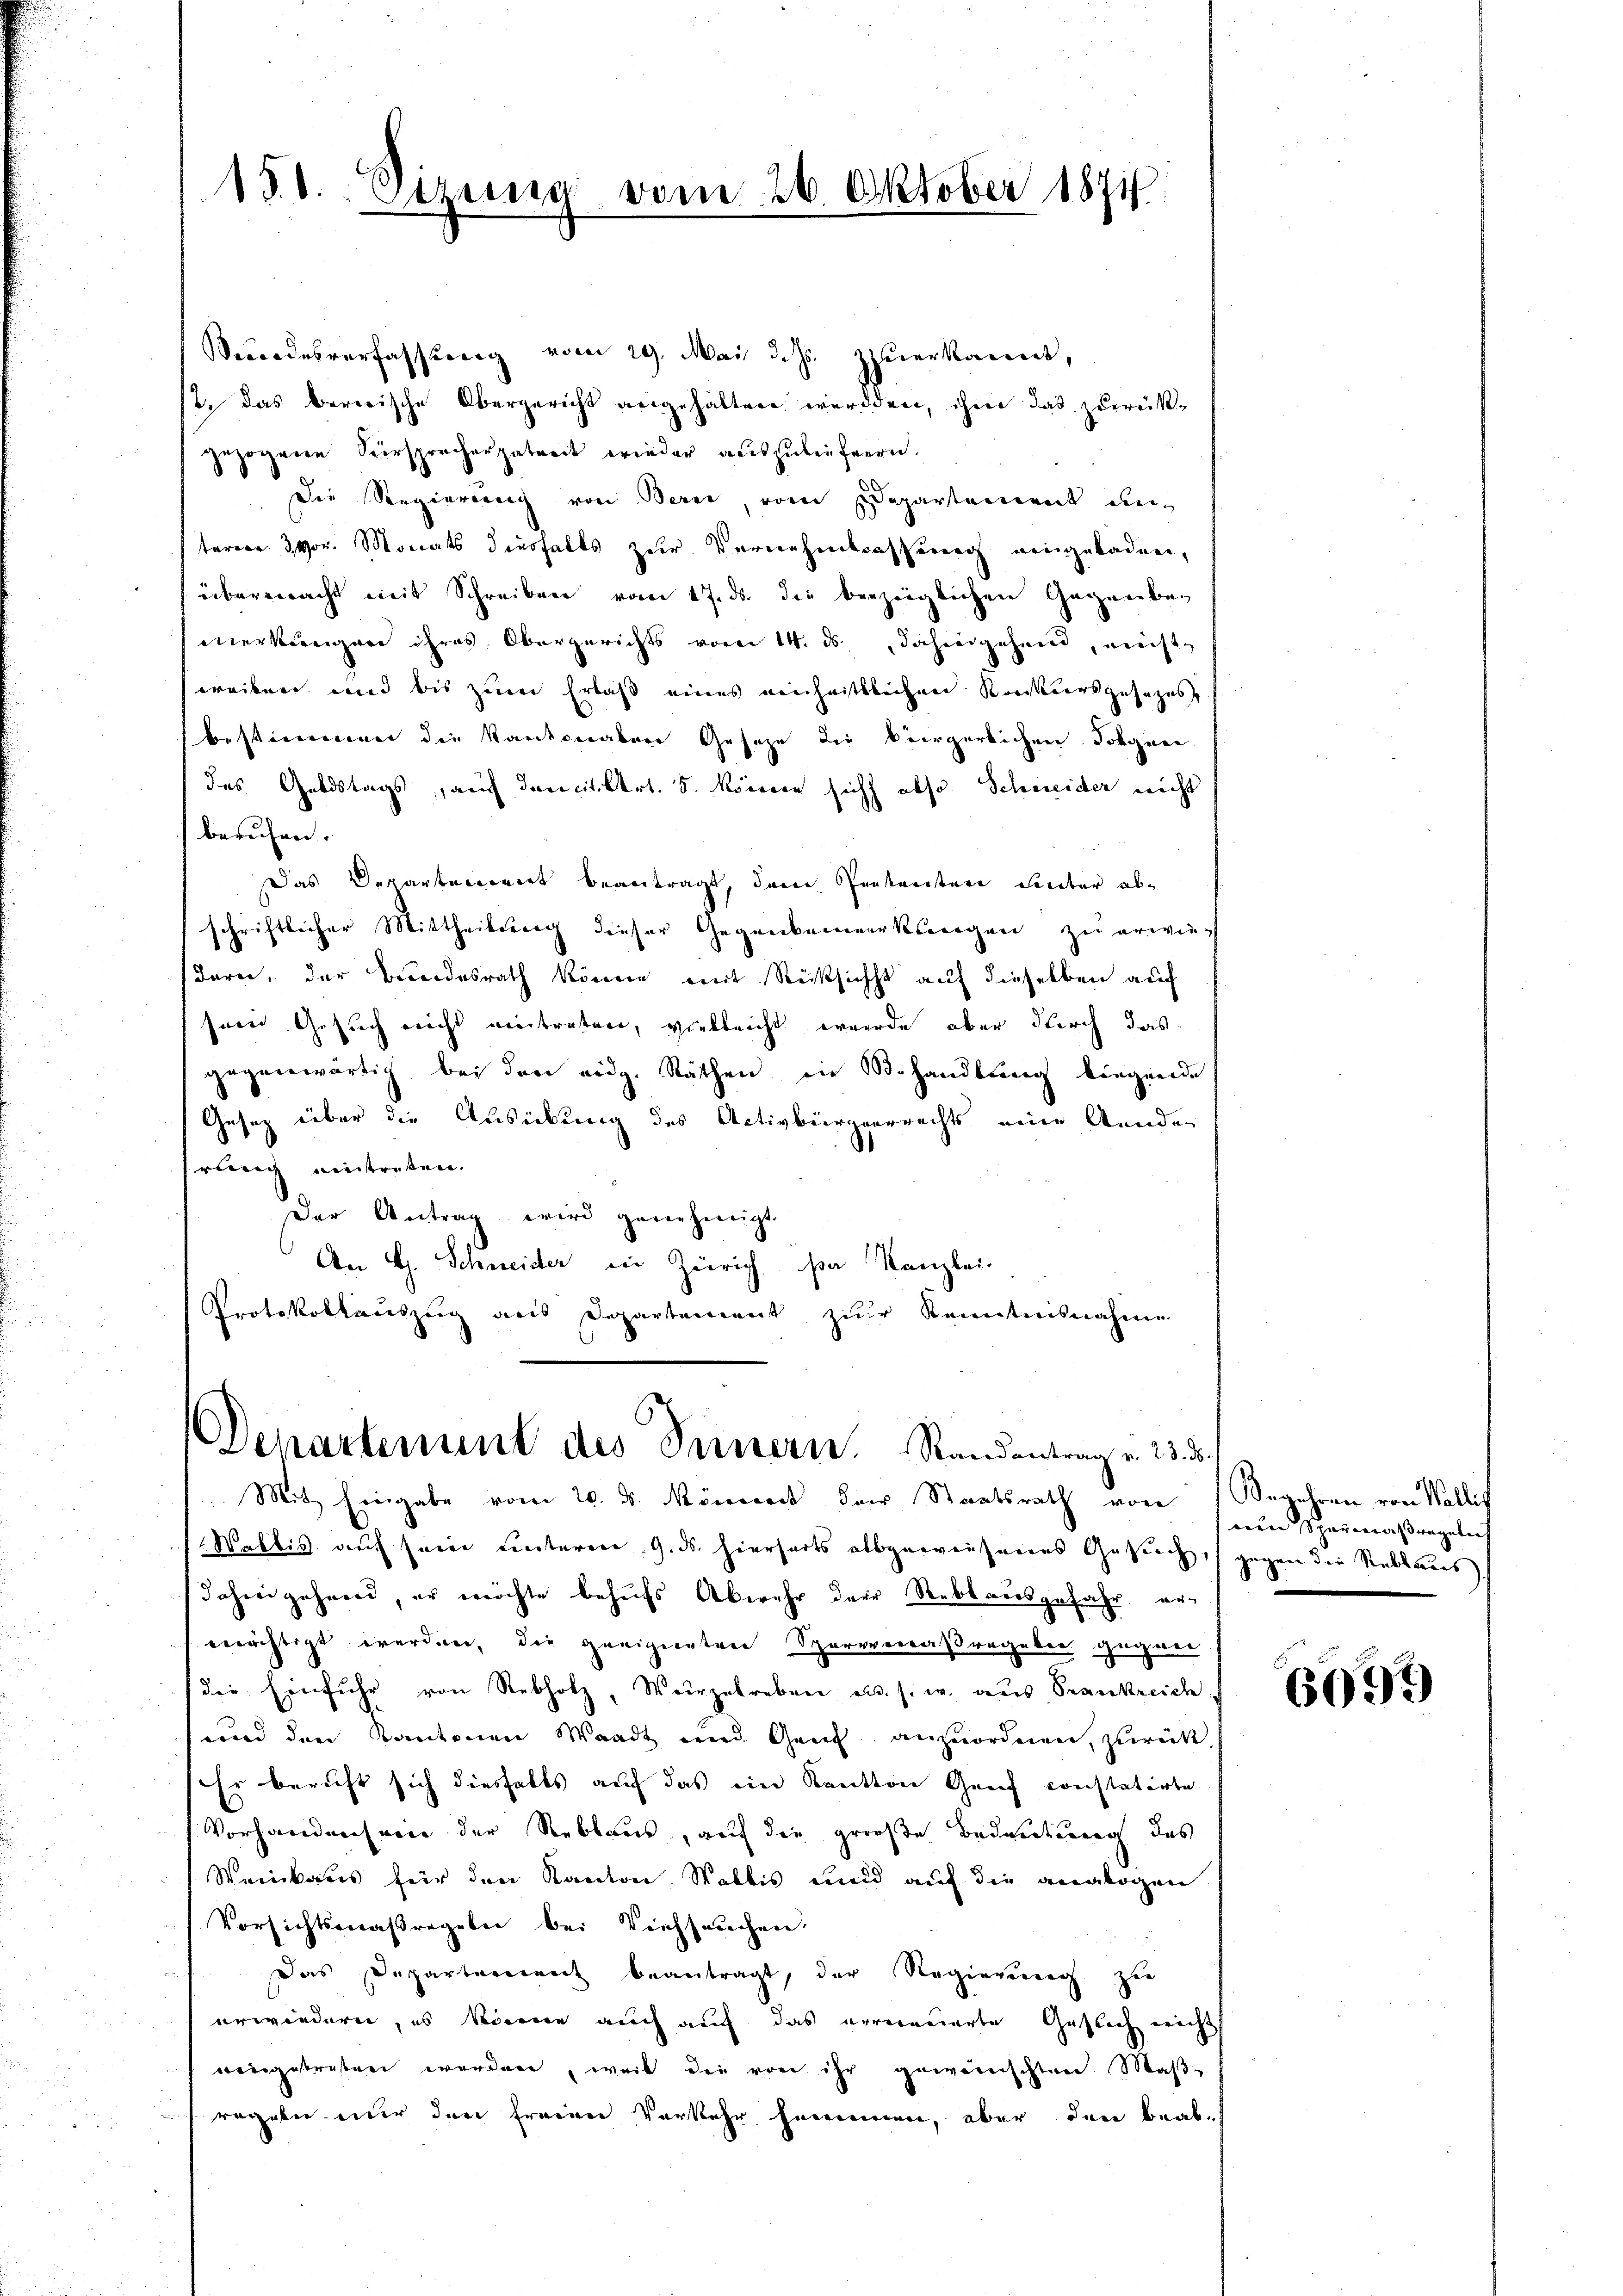
150. Sizung vom 26 Oktober 1871

Verordesverfassung vom 29. Mai d. Js. zuerkannt,
12. Das bererische Obergericht angehalten werden, ihm das zurückgezogene Versprecherpatreit wieder auszubefnern.
Die Regierung von Bern, vom Departement de
terner 3 vor. Monats diesfalls zur Vernehmlassung eingebaden,
übermacht mit Schreiben vom 17. ds. die bezeiglichen Gegenbe-
eerkungen ihres Obergerichts vom 14. ds. dahingehend, nicht
weiben und bis zum Erlaß eines einheitlichen Konkursgesezess
bestimmener die Kantverabene Gesetze die bürgerlichen Johanne
das Geldstags, auch danecit. Art. 5. können sich abso Schneider nicht
beruhen.
Das Departeienort beantragt, dem Sententen Lieber abschriftlicher Mittheilung dieser Gegenkanmerkungen zu erwies
dare, der Bundesrath könne mit Rücksicht auf dieselben auf
sein Gesuch nicht eintraten, vielleicht werde, aber durch das
gegenwärtig bei den eidg. Räthen in Behandlung liegende
Gesetz über die Ausickung des Activbürgerrechts eine Aenden
srang eintreten.
Der Antrag wird genehmigt.
An H. Schneider in Zürich sie Kanzlei-
Protokollauszug aus Departement zur Kenntnisnahme

Departement des Innern. Randantrag v. 23. d.

Mit Eingabe vom 20. d. Mönereit der Staatsrath von Begehren von Wallis
Wallis aŭf sein ŭnterm 9. ds. hierseits abgeweisenes Gesŭch, gegen die Stellaŭs,
Jahre gehend, er möchte behufs Abwehr der Rebtausgefahr erverächtigt werden, die greigenten Sperrenaßregeber gegan
die Einfuhr von Rebholz, Wurzelreben u. s. w. aus Frankreich
und den Kantonen Waadt und Genf anzuordnen, zurück.
Er beruft sich diesfalls auf das ein Kanton Genf constatirte
Vorhandensein der Reblaus, auf die große Bedeutung des
Weinkaus für den Kanton Wallis und auf die analogen
Vorsichtsmaßregeln bei Viehseuchen,
Das Departement beantragt, der Regierung zu
erwiedern, es können auch auch das erreinnerte Gutlich nich
eingetreten worden, weil die vor ihr geweinschten Maß-
regale nur den freien Verkehr hemmmen, aber den beab-

nen Sparmaßregeln

6099